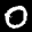
Label: 0